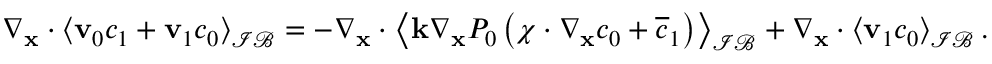
\begin{array} { r } { \nabla _ { \mathbf x } \cdot \left\langle \mathbf v _ { 0 } c _ { 1 } + \mathbf v _ { 1 } c _ { 0 } \right\rangle _ { \mathcal { I B } } = - \nabla _ { \mathbf x } \cdot \left\langle \mathbf k \nabla _ { \mathbf x } P _ { 0 } \left( \boldsymbol \chi \cdot \nabla _ { \mathbf x } c _ { 0 } + \overline { { c } } _ { 1 } \right) \right\rangle _ { \mathcal { I B } } + \nabla _ { \mathbf x } \cdot \left\langle \mathbf v _ { 1 } c _ { 0 } \right\rangle _ { \mathcal { I B } } . } \end{array}